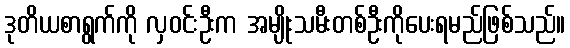
ဒုတိယစာရွက်ကို လှဝင်းဦးက အမျိုးသမီးတစ်ဦးကိုပေးရမည်ဖြစ်သည်။